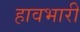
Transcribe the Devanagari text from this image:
हावभारी